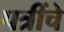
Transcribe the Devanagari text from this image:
पत्रींचे